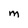
Character: M